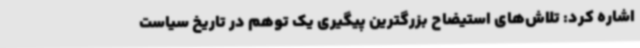
اشاره کرد: تلاش‌های استیضاح بزرگترین پیگیری یک توهم در تاریخ سیاست